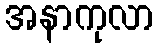
အနာကုလာ